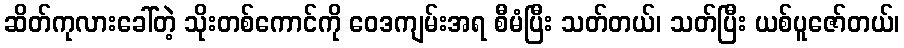
ဆိတ်ကုလားခေါ်တဲ့ သိုးတစ်ကောင်ကို ဝေဒကျမ်းအရ စီမံပြီး သတ်တယ်၊ သတ်ပြီး ယစ်ပူဇော်တယ်၊